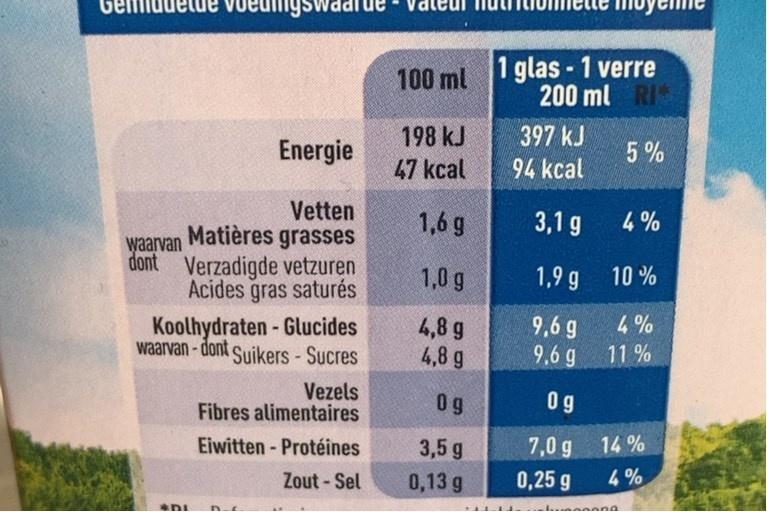
1 glas -1 verre 200 ml RI
100 ml
198 kJ
397 kJ
Energie
5%
47 kcal
94 kcal
Vetten
1,6 g
3,1 g
4 %
Matières grasses
waarvan
dont
Verzadigde vetzuren
1,0 g
1,9 g 10 %
Acides gras saturés
4%
Koolhydraten - Glucides waarvan-dont Suikers -Sucres
4,8 g 4,8 g
9,6 g 9,6 g
%3D
11 %
Vezels Fibres alimentaires
0 9
09
7,0 g 14 % 4%
Eiwitten- Protéines
3,5 g
Zout - Sel
0,13 g
0,25 g